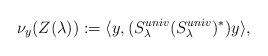
LaTeX: \begin{align*}\nu_{y} (Z(\lambda) ) : = \langle y, (S^{univ}_\lambda (S^{univ}_\lambda)^*) y \rangle,\end{align*}